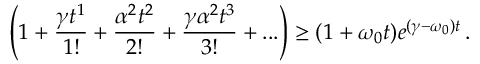
\left( 1 + \frac { \gamma t ^ { 1 } } { 1 ! } + \frac { \alpha ^ { 2 } t ^ { 2 } } { 2 ! } + \frac { \gamma \alpha ^ { 2 } t ^ { 3 } } { 3 ! } + . . . \right) \geq ( 1 + \omega _ { 0 } t ) e ^ { ( \gamma - \omega _ { 0 } ) t } \, .